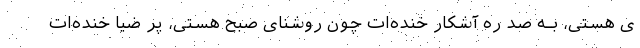
ی هستی، بـه صد ره آشکار خنده‌ات چون روشنایِ صبحِ هستی، پر ضیا خنده‌ات